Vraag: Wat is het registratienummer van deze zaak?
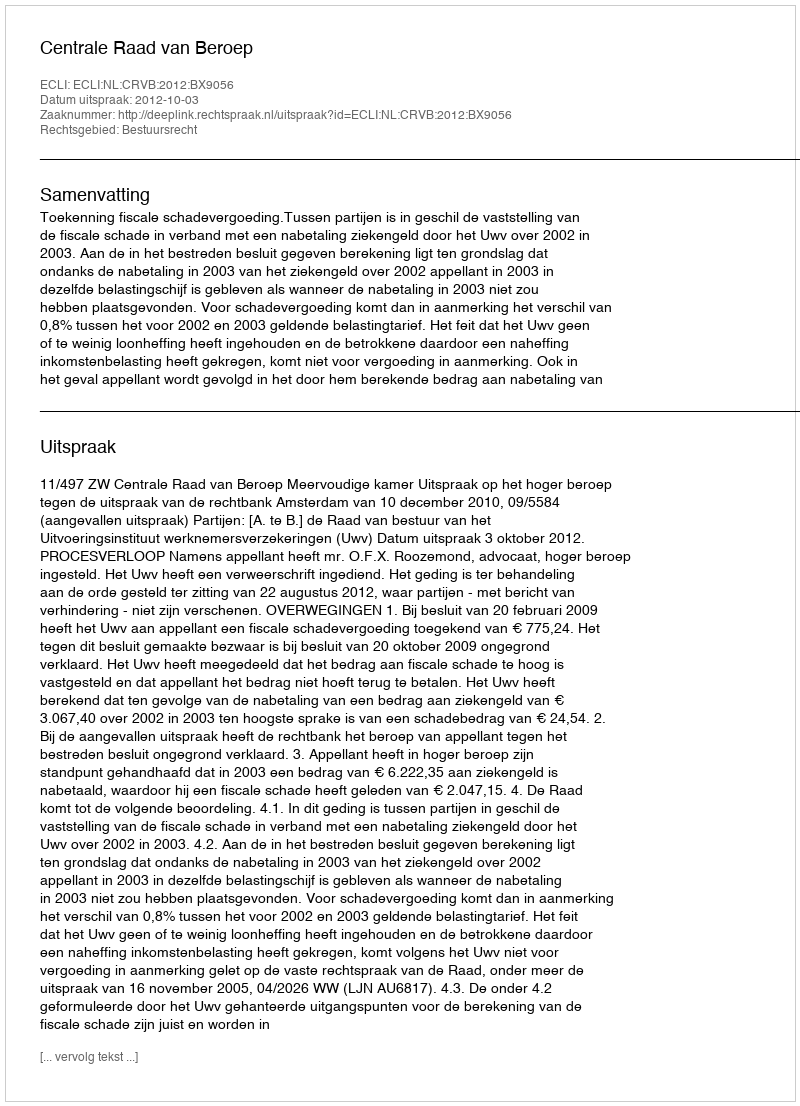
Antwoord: http://deeplink.rechtspraak.nl/uitspraak?id=ECLI:NL:CRVB:2012:BX9056